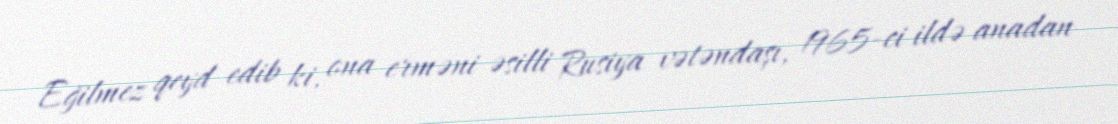
Eğilmez qeyd edib ki, ona erməni əsilli Rusiya vətəndaşı, 1965-ci ildə anadan